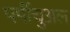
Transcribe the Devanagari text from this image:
पर्पीचुअल